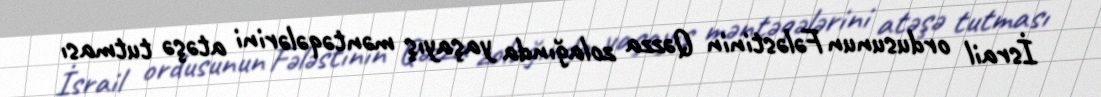
İsrail ordusunun Fələstinin Qəzza zolağında yaşayış məntəqələrini atəşə tutması